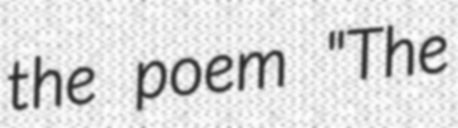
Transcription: the poem "The